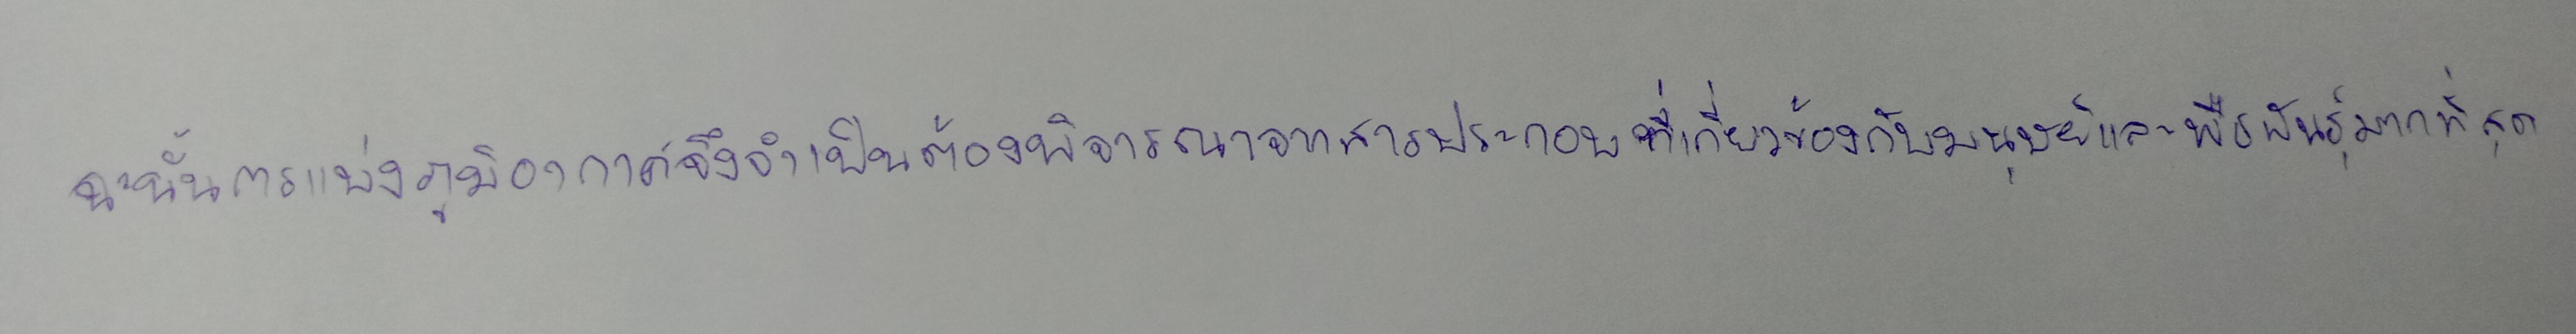
ฉะนั้นการแบ่งภูมิอากาศจึงจำเป็นต้องพิจารณาจากสารประกอบที่เกี่ยวข้องกับมนุษย์และพืชพันธุ์มากที่สุด